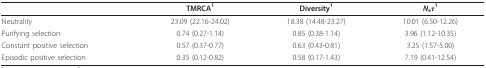
<table><thead><tr><td></td><td><b>TMRCA<sup>1</sup></b></td><td><b>Diversity<sup>1</sup></b></td><td><b><i>N<sub>e</sub>τ</i><sup>1</sup></b></td></tr></thead><tbody><tr><td>Neutrality</td><td>23.09 (22.16-24.02)</td><td>18.38 (14.48-23.27)</td><td>10.01 (6.50-12.26)</td></tr><tr><td>Purifying selection</td><td>0.74 (0.27-1.14)</td><td>0.85 (0.38-1.14)</td><td>3.96 (1.12-10.35)</td></tr><tr><td>Constant positive selection</td><td>0.57 (0.37-0.77)</td><td>0.63 (0.43-0.81)</td><td>3.25 (1.57-5.00)</td></tr><tr><td>Episodic positive selection</td><td>0.35 (0.12-0.82)</td><td>0.58 (0.17-1.43)</td><td>7.19 (0.41-12.54)</td></tr></tbody></table>